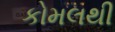
કોમલથી